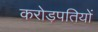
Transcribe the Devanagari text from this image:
करोड़पतियों